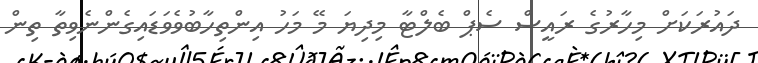
ދައުރަކަށް މިހާރުގެ ރައީސް ސެޕް ބެލްޓާ މިދިޔަ މޭ މަހު އިންތިހާބުވެވަޑައިގެންނެވިތާ ތިން